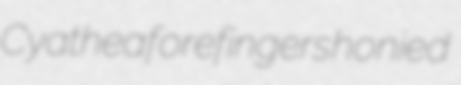
Cyathea forefingers honied